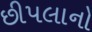
છીપલાનો